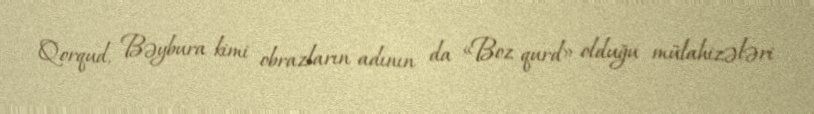
Qorqud, Bəybura kimi obrazların adının da «Boz qurd» olduğu mülahizələri